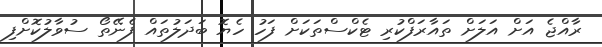
ރާއްޖެ އަށް އަލަށް ތައާރަފްކުރި ޓެކްސްތަކަށް ފަހު ހެޔޮ ބަދަލުތައް ފެނޭތޯ ސުވާލުކޮށްފި